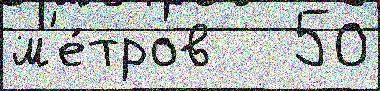
м'е́тров   50